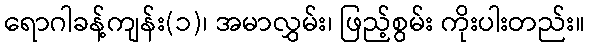
ရောဂါခန့်ကျန်း(၁)၊ အမာလွှမ်း၊ ဖြည့်စွမ်း ကိုးပါးတည်း။